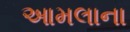
આમલાના